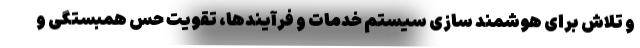
و تلاش برای هوشمند سازی سیستم خدمات و فرآیندها، تقویت حس همبستگی و